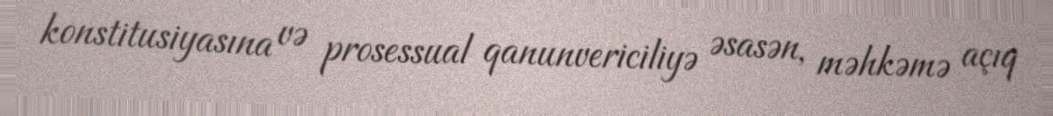
konstitusiyasına və prosessual qanunvericiliyə əsasən, məhkəmə açıq